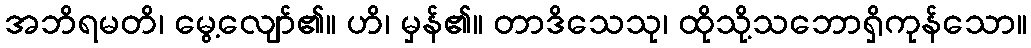
အဘိရမတိ၊ မွေ့လျော်၏။ ဟိ၊ မှန်၏။ တာဒိသေသု၊ ထိုသို့သဘောရှိကုန်သော။